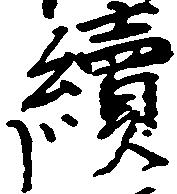
続